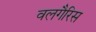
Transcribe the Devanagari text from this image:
वलगैरिस